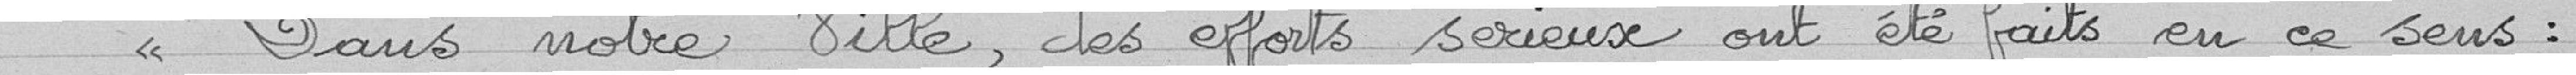
"Dans notre ville, des efforts sérieux ont été faits en ce sens :